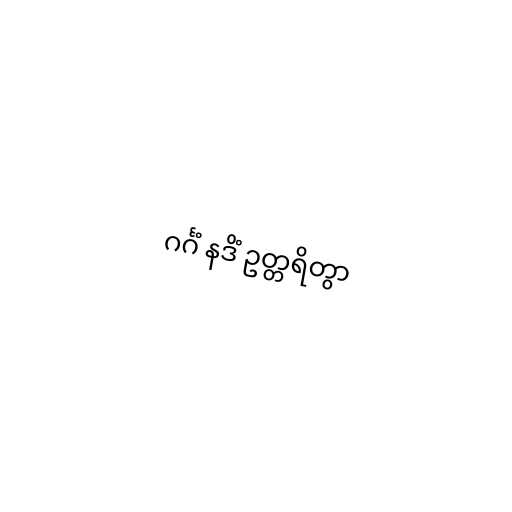
ဂင်္ဂံ နဒိံ ဥတ္တရိတွာ